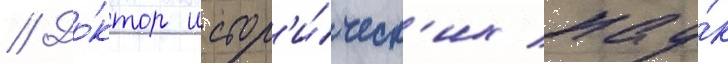
// До́ктор истор'и́ческ'их нау́к